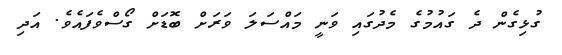
ގުޅިގެން ދެ ގައުމުގެ މެދުގައި ވަނީ މައްސަލަ ވަރަށް ބޮޑަށް ގޯސްވެފައެވެ. އަދި